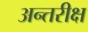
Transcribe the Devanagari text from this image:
अन्तरीक्ष